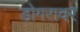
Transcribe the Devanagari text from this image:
डोगरावर